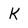
Character: K